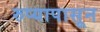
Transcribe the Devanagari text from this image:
रुप्यापासून